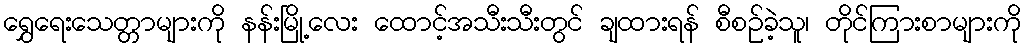
ရွှေရေးသေတ္တာများကို နန်းမြို့လေး ထောင့်အသီးသီးတွင် ချထားရန် စီစဉ်ခဲ့သူ၊ တိုင်ကြားစာများကို